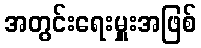
အတွင်းရေးမှူးအဖြစ်